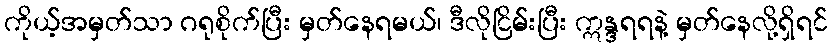
ကိုယ့်အမှတ်သာ ဂရုစိုက်ပြီး မှတ်နေရမယ်၊ ဒီလိုငြိမ်းပြီး ဣန္ဒရရနဲ့ မှတ်နေလို့ရှိရင်